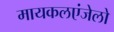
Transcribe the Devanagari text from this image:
मायकलएंजेलो